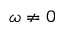
\omega \neq 0